Vital statistics of India. Vol. IV, Annual returns from 1871 to 1876. British Army of India, Native Army and jails of Bengal
Year: 1871
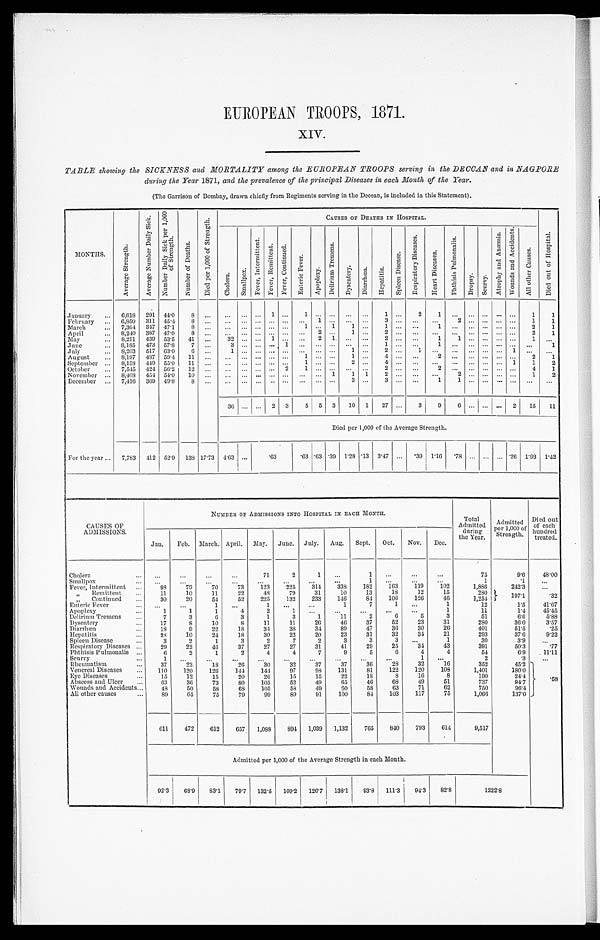
EUROPEAN TROOPS, 1871.
XIV.
TABLE showing the SICKNESS and MORTALITY among the EUROPEAN TROOPS serving in the DECCAN and in NAGTORE
during the Year 1871, and the prevalence of the principal Diseases in each Month of the Year.
(The Garrison of Bombay, drawn chiefly from Regiments serving in the Deccan, is included in this Statement).
MONTHS.
A v e r a g e S t r e n g t h .
A v e r a g e N u m b e r D a i l y S i c k .
N u m b e r D a i l y S i c k p e r 1 , 0 0 0
o f S t r e n g t h .
N u m b e r o f D e a t h s .
D i e d p e r 1 , 0 0 0 o f S t r e n g t h .
C A U S E S O F D E A T H S I N H O S P I T A L .
C h o l e r a .
S m a l l p o x .
F e v e r , I n t e r m i t t e n t . F e v e r , R e m i t t e n t F e v e r , C o n t i n u e d .
E n t e r i c F e v e r .
A p o p l e x y .
D e l i r i u m T r e m e n s .
D y s e n t e r y .
D i a r r h œ a .
H e p a t i t i s .
S p l e e n D i s e a s e .
R e s p i r a t o r y D i s e a s e s .
H e a r t D i s e a s e s .
P h t h i s i s P u l m o n a l i s .
D r o p s y . S c u r v y .
A t r o p h y a n d A n æ m i a .
W o u n d s a n d A c c i d e n t s .
A l l o t h e r C a u s e s .
D i e d o u t o f H o s p i t a l .
January ... 6,618 291 44.0 8 ... ... ... ... 1 . . .
1
. . . . . .
. . . . . . 1 ...
2
1 . . .
. . . . . . . . . . . . 1
1
February
6,850 311 45.4 8 ... ... ... ...
... ... 1
. . .
. . .
. . . 3
. . .
. . .
. . . 2
. . . . . . ... ...
1
1
March
... 7,364 347 47.1
8
... ... ... ...
... ...
1 ... 1
1 ...
1
. . .
. . .
1 ...
. . . . . .
. . .
...
2
1
April
... 8,240 387 47.0 8 ... ... ... ... ... ... . . . 2
. . .
1
. . .
2
. . .
. . .
. . . . . .
. . . . . . . . . . . .
2 1
May
... 8,211 439 53.5 41 ...
32 ...
...
1
... ...
2 1
. . .
. . .
2
. . .
. . .
1
1
. . . . . . . . .
...
1 ...
June
... 8,185 473 57.8 7 ... 3
... ... ...
1
. . .
. . . . . . . . .
. . .
1
. . .
. . .
1
. . . . . . . . . . . . . . .
...
1
July
... 8,203 517 63.0 6 ... 1
... ... ... ... . . .
. . . . . .
1 ...
2
. . .
1
. . . . . .
. . . . . .
. . .
1
. . .
. . .
August ... 8,197 487 59.4 11 ... ... ... ... ... ...
1
. . . . . .
1 ...
4
. . .
. . .
2
. . .
... ... ... ...
2
1
September ... 8,158 449 55.0 11 ...
... ... ... ... . . .
1
. . . . . .
2
. . .
4
. . .
. . .
. . . . . .
. . . . . .
. . .
1
1
2
October ... 7,545 424 56.2 12 ...
... ... ... ...
2 1
. . . . . . . . .
. . .
2
. . .
. . .
2
. . .
. . . . . .
. . . . . .
4 1
November ... 8,408 454 54.0 10 ... ... ... ...
...
...
. . .
. . .
1
1 1
2
. . .
. . .
. . .
2
. . . . . .
. . . . . .
1
2
December ... 7,416 369 49.8 8 ... ...
... ... ...
... ... ... ...
3 ...
3
. . .
. . .
1
1
. . . . . .
. . . . . .
. . .
. . .
36 ... ... 2 3
5 5 3 10 1 27 ...
3
9
6 ... ... ... 2 15 11
Died per 1,000 of the Average Strength.
For the year ... 7,783 412 52.9 138 17.73 4.63 ...
.63
. 63 .63 .39 1.28 .13 3.47 ...
. 3 9 1.16
. 7 8 ... ... ... .26 1.93 1.42
CAUSES OF
ADMISSIONS.
NUMBER OF ADMISSIONS INTO HOSPITIL IN EACH MONTH.
Total
Admitted
during
the Year.
Admitted
per 1'000 of
Strength.
Died out
of' each
hundred
treated.
Jan. Feb. March. April. May. June. July. Aug. Sept. Oct. Nov. Dec.
Cholera
... ...
...
...
...
71
2
1 ...
1 ...
. . .
. . .
75
9.6 48.00
Smallpox
... ... ... ...
...
...
...
...
...
1 ...
...
...
1
.1
...
Fever, Intermittent ...
98
79
70
73
123
225
314
338
182
163
119
102
1,886
242.3 ...
„ Remittent ...
11
10
11
22
48
79
31
10
13
18
12
15
280
197.1
.32
„ Continued ...
30
20
54
52
225
132
233
146
84 106 126
46
1,254
Enteric Fever
...
...
...
1 ...
1 ...
...
1
7
1 ...
1
12
1.5 41.67
Apoplexy
...
1
1
1
4
2
1 ...
. . .
...
...
...
1
11
1.4
45.45
Delirium Tremens ...
7
3
6
3
1
3
1
11
2
6
5
3
51
6.6
5.88
Dysentery
...
17
8
10
8
11
11
26
46
37
52
23
31
280
36.0
3.57
Diarrhœa
18
9
22
18
34
38
34
89
47
36
30
26
401
51.5
.25
Hepatitis
...
28
10
24
18
30
22
20
23
31
32
34
21
293
37.6
9.22
Spleen Disease
...
3
2
1
3
2
7
2
3
3
. . .
1
1
30
3.9 ...
Respiratory Diseases ...
29
22
46
37
27
27
31
41
29
25
34
43
391
50'3
.77
Phthisis Pulmonalis ...
6
2
1
2
4
4
7
9
5
6
4
4
54
6.9 11.11
Scurvy
...
1 ...
...
...
...
...
...
...
...
...
1 ...
2
.3
...
Rheumatism
37
23
18
26
30
32
37
37
36
28
32
16
352
45.2 . 5 8
Venereal Diseases ...
110
120
126
144 144
97
98
131
81
122
120
108
1,401
180.0
Eye Diseases
...
15
12
15
20
26
15
15
22
18
8
16
8
190
24.4
Abscess and Ulcer ...
63
36
73
8 0 105
52
49
65
46
6 8
49
51
737
94.7
Wounds and Accidents...
48
50
58
68 105
58
49
60
58
63
71
62
750
96.4
All other causes
...
89
65
75
79
99
89
91
100
84 103
117
75
1,066
137.0
611
472
612
657 1,088 894 1,039 1,132
765
840
793 614
9,517
Admitted per 1,000 of the Average Strength in each Month.
92.3 68.9 83.1 79.7 132.5 109.2 126.7 138.1 93.8 1 1 1 . 3
94.3 82.8
1222.8